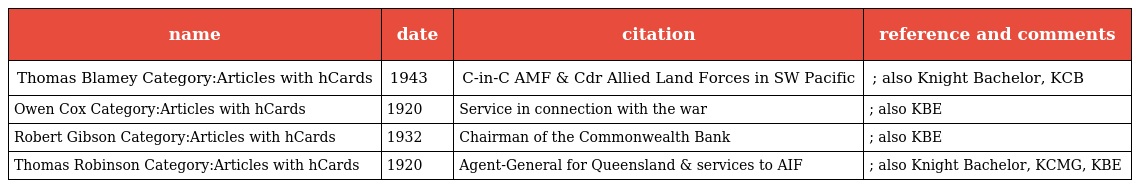
| name | date | citation | reference and comments |
 | --- | --- | --- | --- |
 | Thomas Blamey Category:Articles with hCards | 1943 | C-in-C AMF & Cdr Allied Land Forces in SW Pacific | ; also Knight Bachelor, KCB |
 | Owen Cox Category:Articles with hCards | 1920 | Service in connection with the war | ; also KBE |
 | Robert Gibson Category:Articles with hCards | 1932 | Chairman of the Commonwealth Bank | ; also KBE |
 | Thomas Robinson Category:Articles with hCards | 1920 | Agent-General for Queensland & services to AIF | ; also Knight Bachelor, KCMG, KBE |